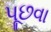
પૂછવા